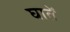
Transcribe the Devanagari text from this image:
घातें